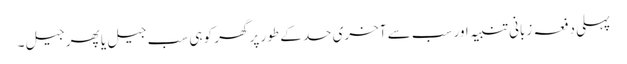
پہلی دفعہ زبانی تنبیہ اور سب سے آخری حد کے طور پر گھر کو ہی سب جیل یا پھر جیل۔